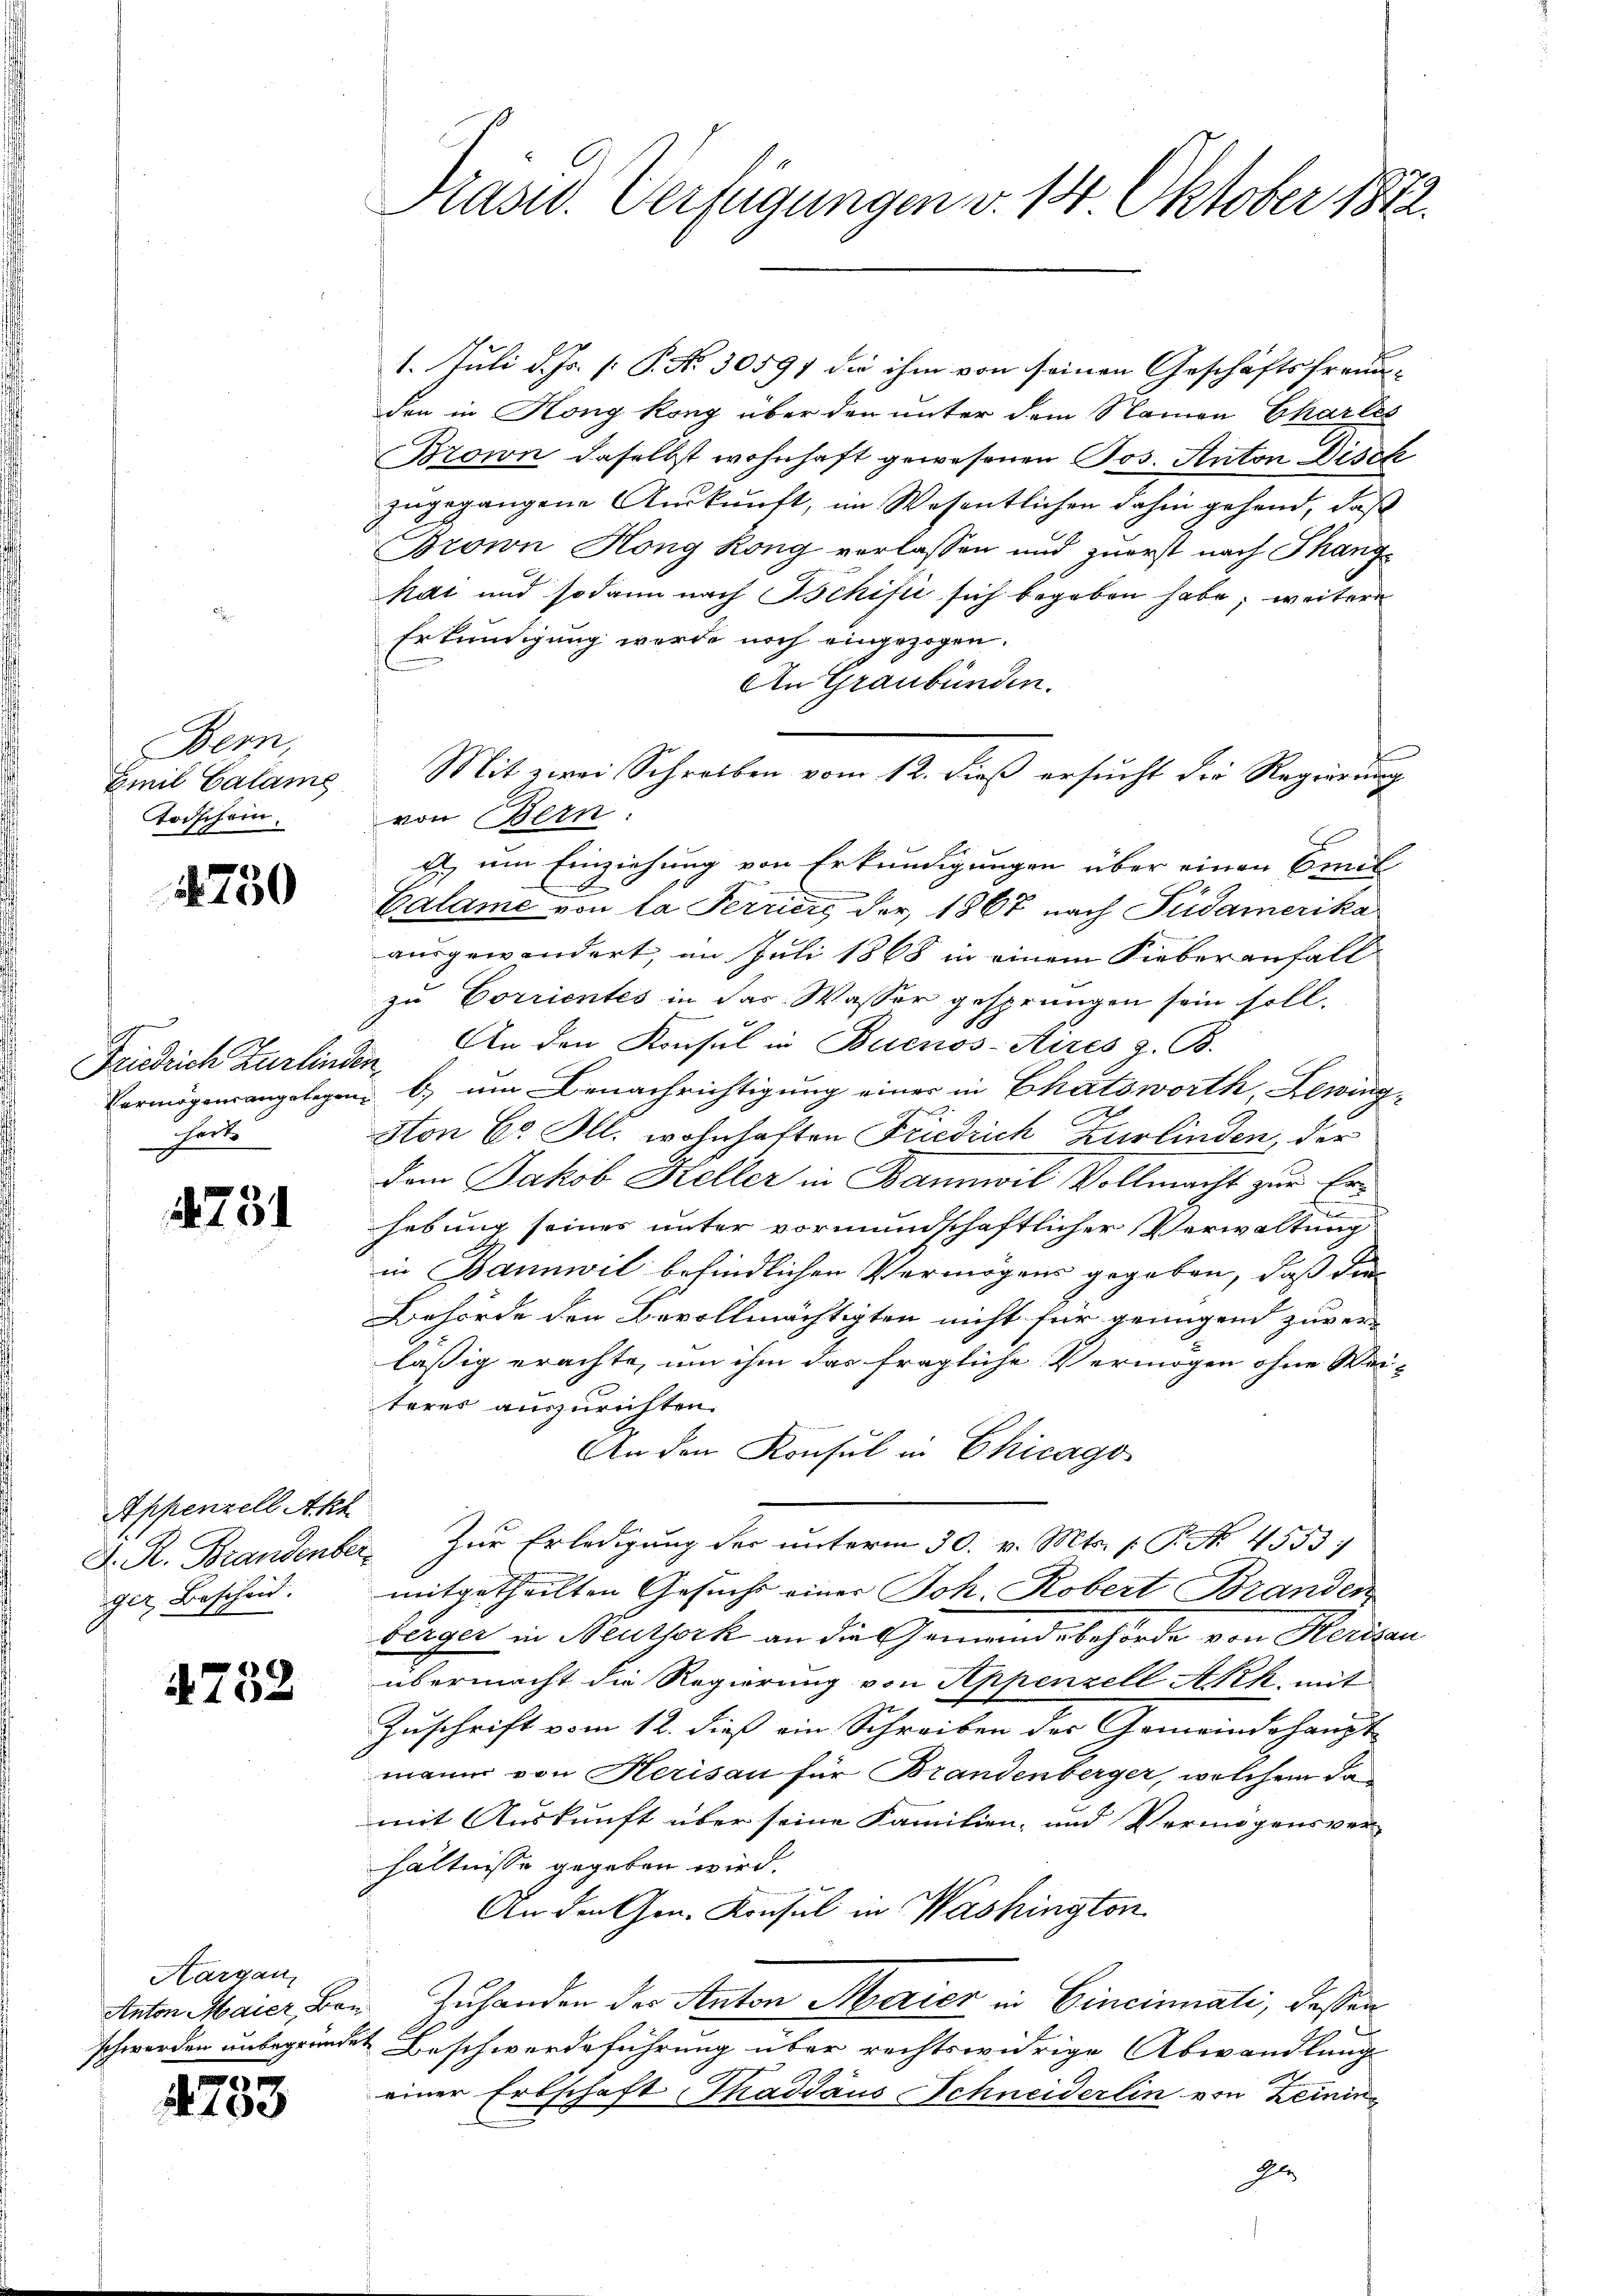
Bern,
Emil Calame
Todschein.

4750

Friedrich Zurlinden.
Fert

1731

Appenzell Akt
ger Bescheid.

4752

Aargau,

4733

Präsid. Verfügungen v. 14 Oktober 1872.

1. Juli d. Js. [ P. No. 30591 die ihm von seinen Geschäftsfreun-
den in Kong kong über den unter dem Namen Charles
Brown daselbst wohnhaft gewesenen Jos. Anton Disch
zugegangene Auskunft, im Wesentlichen dahin gehend, daß
Brown Hong Köng verlassen und zuerst nach Thang¬
Rat und sodann nach Schifti sich begeben habe; weitere
Erkundigung werde noch eingezogen.
An Graubünden.
von Bern.
g um Einziehung von Erkundigungen über einen Emil
n
Calame von la Ferriers der 1867 nach Pudamerika
ausgewandert, im Juli 1868 in einem Fieber anfall
zu Corrientes in das Wasser gesprungen sein soll,
Ein den Konsul in Buenos-Aires z. B.
Vermögensangelegen u. um Benachrichtigung einer in Chatsworth, Lewing
Ston Cs Ill. wohnhaften Friedrich Zurlinden, der
dem Jakob Keller in Bannwil Vollmacht zur Erhebung seines unter vormundschaftlicher Verwaltung
in Bannwil befindlichen Vermögens gegeben, daß die
Behörde den Bevollmächtigten nicht für genügend zuver-
lässig erachte, um ihm das fragliche Vermögen ohne Wei-
teres auszurichten.
An den Konsul in Chicago
D. R. Brandenber. Zur Erledigung der unterm 30. v. Mts. p. P. No. 4553)
mitgetheilten Gesucht einer Joh. Robert Branden
berger in Neuzjork an die Gemeindebehörde von Herisau
übermacht die Regierung von Appenzell Akk, mit
Zuschrift vom 12. dieß ein Schreiben der Gemeindehaupt
mann von Herisau für Brandenberger, welchem damit Auskunft über seine Familien- und Vermögensver-
hältnisse gegeben wird.
An den Gen. Konsul in Washington
Anton Maier, Bar. Zuhanden der Anton Marier in Cincinnali, dessen
schwerden unbegründet Beschwerdeführung über rechtswidrige Abwandlung
einer Erbschaft Thaddaus Schneiderlin von Leinin
d

Mit zwei Schreiben vom 12. dieß ersucht die Regierung